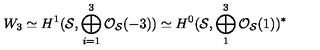
W _ { 3 } \simeq H ^ { 1 } ( { \cal S } , \bigoplus _ { i = 1 } ^ { 3 } { \cal O } _ { { \cal S } } ( - 3 ) ) \simeq H ^ { 0 } ( { \cal S } , \bigoplus _ { 1 } ^ { 3 } { \cal O } _ { { \cal S } } ( 1 ) ) ^ { * }